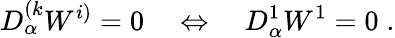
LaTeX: D_{\alpha}^{(k}W^{i)}=0\quad\Leftrightarrow\quad D_{\alpha}^{1}W^{1}=0\; .